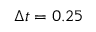
\Delta t = 0 . 2 5